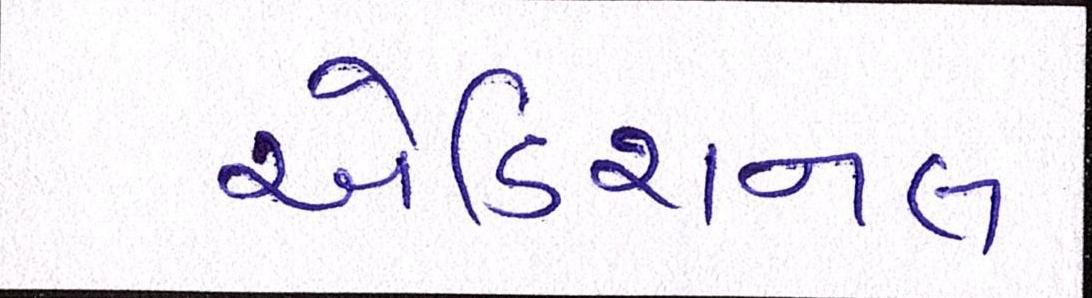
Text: એડિશનલ